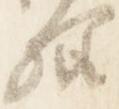
様